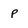
Character: p